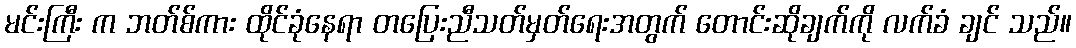
မင်းကြီး က ဘတ်စ်ကား ထိုင်ခုံနေရာ တပြေးညီသတ်မှတ်ရေးအတွက် တောင်းဆိုချက်ကို လက်ခံ ချင် သည်။